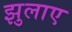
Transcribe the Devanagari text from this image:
झुलाए